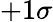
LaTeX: +1\sigma